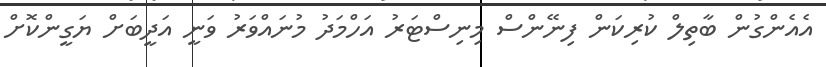
އެއެންގުން ބާތިލް ކުރިކަން ފިނޭންސް މިނިސްޓަރު އަހްމަދު މުނައްވަރު ވަނީ އަދީބަށް ޔަގީންކޮށް